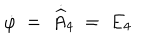
\dot { \varphi } \; = \; \dot { \widehat { A } } _ { 4 } \; = \; E _ { 4 }